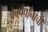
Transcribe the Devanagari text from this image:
वेबपेपानांची